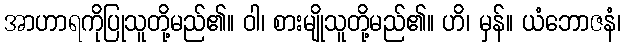
အာဟာရကိုပြုသူတို့မည်၏။ ဝါ၊ စားမျိုသူတို့မည်၏။ ဟိ၊ မှန်။ ယံဘောဇနံ၊